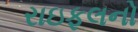
રાઇફલનો